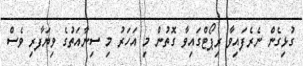
ގުޅިގެން ނެރެފައިވާ ރިޕޯޓްގައިވާ ގޮތުން މި އަހަރު މި ސިނާއަތުގެ ވިޔަފާރި ވެސް